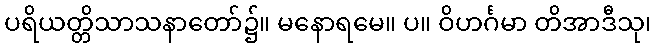
ပရိယတ္တိသာသနာတော်၌။ မနောရမေ။ ပ။ ဝိဟင်္ဂမာ တိအာဒီသု၊